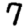
Digit: 7